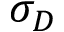
\sigma _ { D }